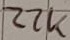
Text: 22K